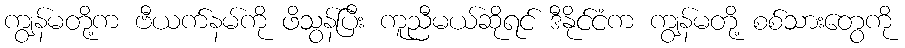
ကျွန်မတို့က ဗီယက်နမ်ကို ဖိသွန်ပြီး ကူညီမယ်ဆိုရင် ဒီနိုင်ငံက ကျွန်မတို့ စစ်သားတွေကို